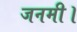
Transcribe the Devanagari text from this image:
जनमी।